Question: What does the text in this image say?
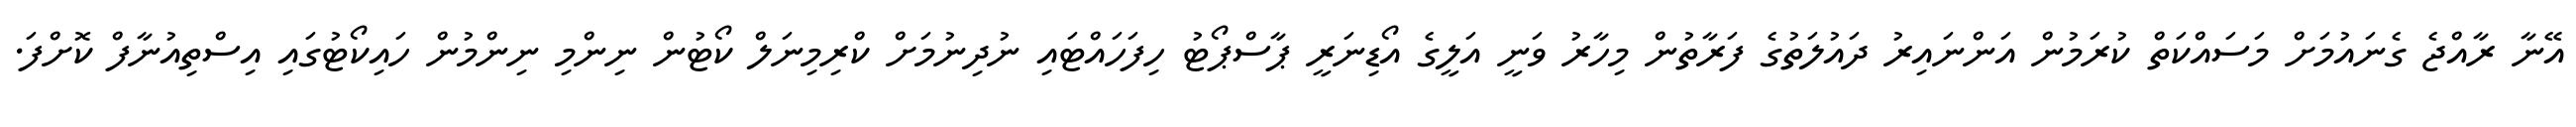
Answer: އޭނާ ރާއްޖެ ގެނައުމަށް މަސައްކަތް ކުރަމުން އަންނައިރު ދައުލަތުގެ ފަރާތުން މިހާރު ވަނީ އަލީގެ އޯޑިނަރީ ޕާސްޕޯޓު ހިފަހައްޓައި ނުދިނުމަށް ކްރިމިނަލް ކޯޓުން ނިންމި ނިންމުން ހައިކޯޓުގައި އިސްތިއުނާފް ކޮށްފަ.